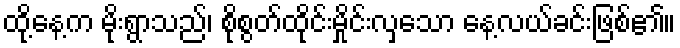
ထို့နေ့က မိုးရွာသည်၊ စိုစွတ်ထိုင်းမှိုင်းလှသော နေ့လယ်ခင်းဖြစ်၏။